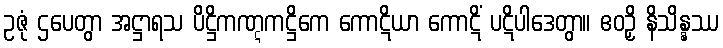
ဥဇုံ ဌပေတွာ အဋ္ဌာရသ ပိဋ္ဌိကဏ္ဋကဋ္ဌိကေ ကောဋိယာ ကောဋိံ ပဋိပါဒေတွာ။ ဧဝဉှိ နိသိန္နဿ